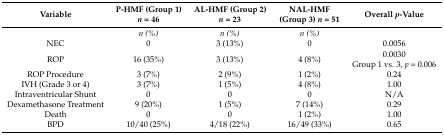
| Variable | P-HMF (Group 1) n = 46 | AL-HMF (Group 2) n = 23 | NAL-HMF (Group 3) n = 51 | Overall p-Value |
 | --- | --- | --- | --- | --- |
 |  | n (%) | n (%) | n (%) |  |
 | NEC | 0 | 3 (13%) | 0 | 0.0056 |
 | ROP | 16 (35%) | 3 (13%) | 4 (8%) | 0.0030 Group 1 vs. 3, p = 0.006 |
 | ROP Procedure | 3 (7%) | 2 (9%) | 1 (2%) | 0.24 |
 | IVH (Grade 3 or 4) | 3 (7%) | 1 (5%) | 4 (8%) | 1.00 |
 | Intraventricular Shunt | 0 | 0 | 0 | N/A |
 | Dexamethasone Treatment | 9 (20%) | 1 (5%) | 7 (14%) | 0.29 |
 | Death | 0 | 0 | 1 (2%) | 1.00 |
 | BPD | 10/40 (25%) | 4/18 (22%) | 16/49 (33%) | 0.65 |